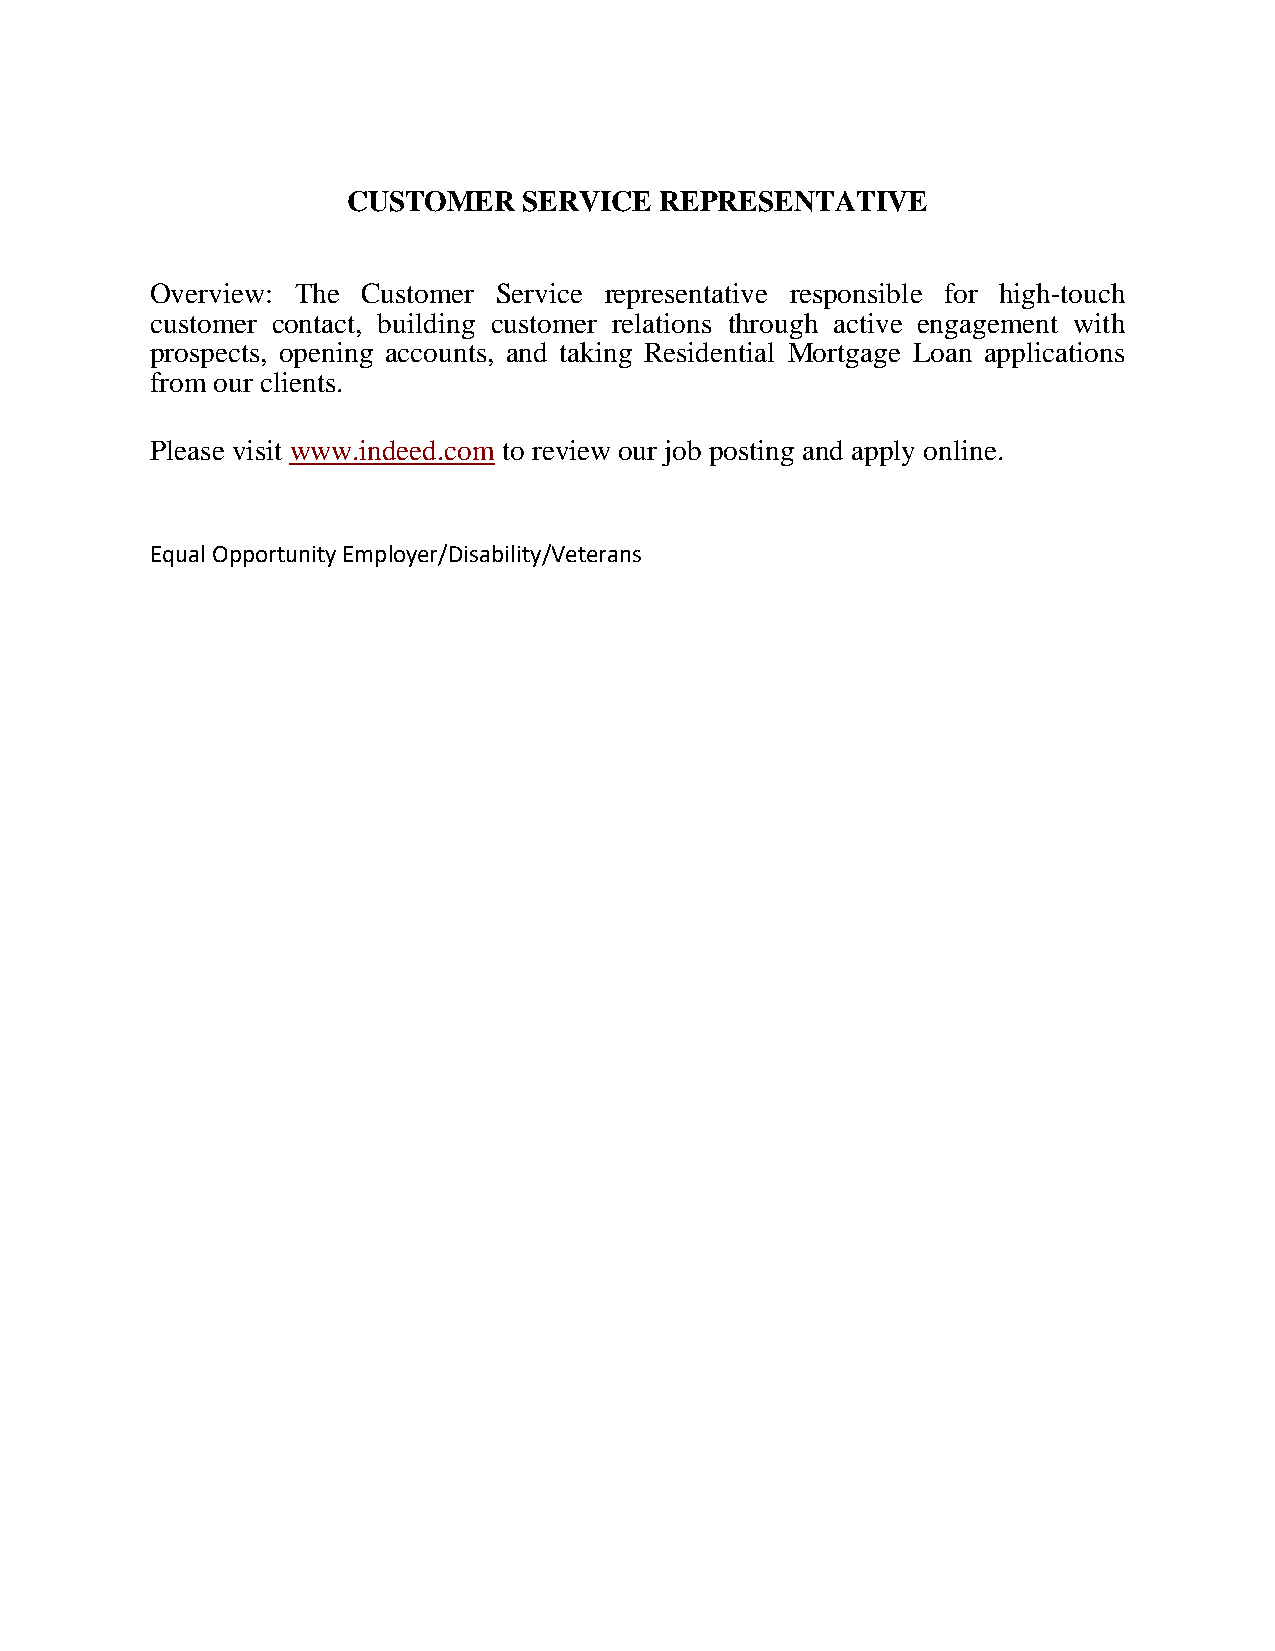
CUSTOMER    SERVICE  REPRESENTATIVE
 Overview: The Customer Service representative responsible for high-touch
 customer contact, building customer relations through active engagement with
 prospects, opening accounts, and taking Residential Mortgage Loan applications
 from our clients.
 Please visit www.indeed.com to review our job posting and apply online.
 Equal Opportunity Employer/Disability/Veterans